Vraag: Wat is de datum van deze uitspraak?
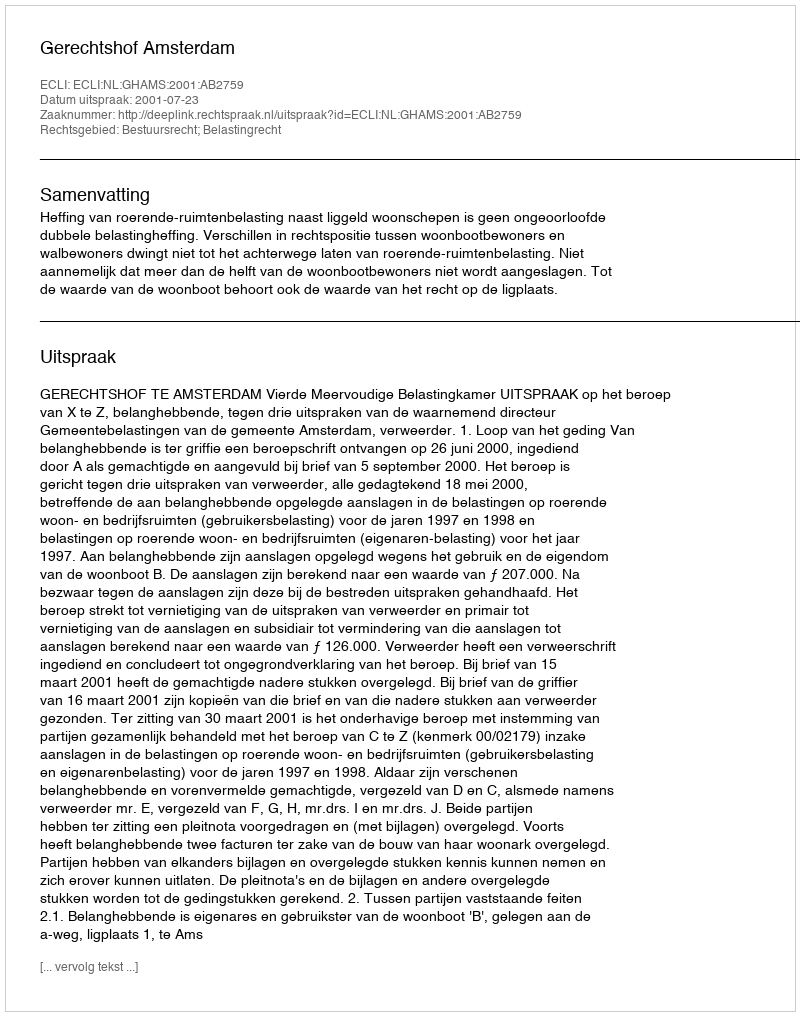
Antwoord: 2001-07-23